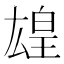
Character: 𬐋